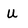
Character: u